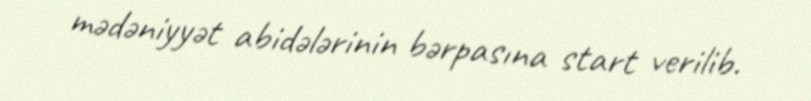
mədəniyyət abidələrinin bərpasına start verilib.